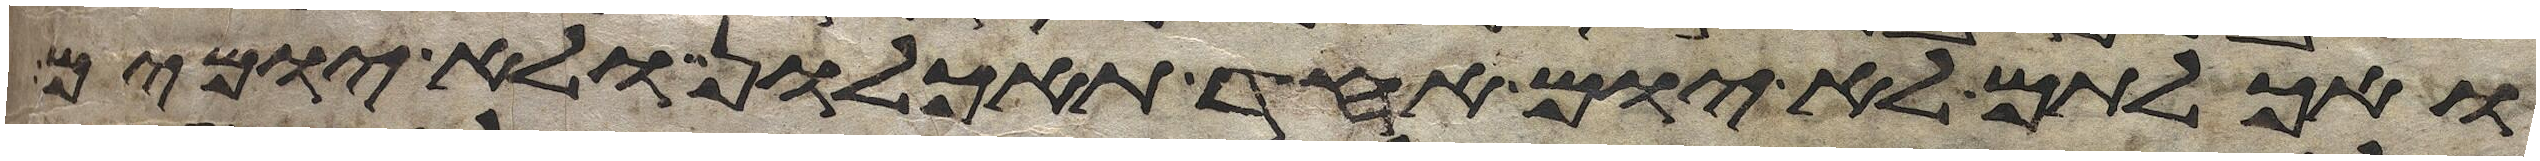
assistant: ואכלתם לא יום אחד תאכלון ולא יומים